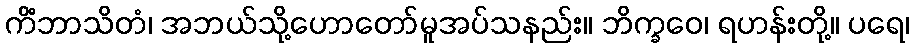
ကိံဘာသိတံ၊ အဘယ်သို့ဟောတော်မူအပ်သနည်း။ ဘိက္ခဝေ၊ ရဟန်းတို့။ ပရေ၊